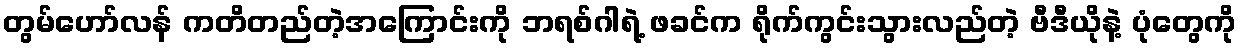
တွမ်ဟော်လန် ကတိတည်တဲ့အကြောင်းကို ဘရစ်ဂါရဲ့ ဖခင်က ရိုက်ကွင်းသွားလည်တဲ့ ဗီဒီယိုနဲ့ ပုံတွေကို